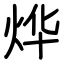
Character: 烨